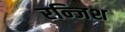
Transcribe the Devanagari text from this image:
रन्जिश